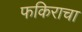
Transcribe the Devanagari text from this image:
फकिराचा